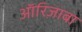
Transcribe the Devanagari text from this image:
ऑरिज़ाबा